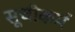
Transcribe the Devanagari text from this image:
सूचीकर्म